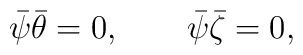
\bar\psi \bar\theta =0,\qquad\bar\psi \bar\zeta =0,